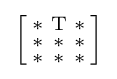
{\Bigl [}{\begin{smallmatrix}\mathrm {*} &\mathrm {T} &\mathrm {*} \\\mathrm {*} &\mathrm {*} &\mathrm {*} \\\mathrm {*} &\mathrm {*} &\mathrm {*} \end{smallmatrix}}{\Bigr ]}